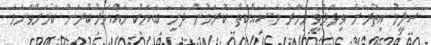
ސަލީމު އިތުރަށް ވިދާޅުވީ މިހާރު މަސައްކަތް ކުރަމުން ދަނީ ބަޔަކު ހައްޔަރުކުރަން ކަމަށްވާނަމަ